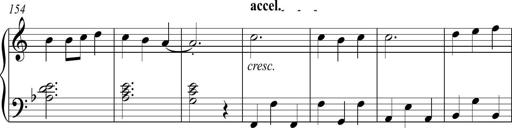
Title: Piano Sonatina in C
Composer: Daniel LÃ©o Simpson
Key: C major